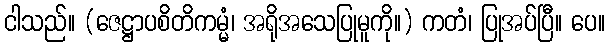
ငါသည်။ (ဇေဋ္ဌာပစိတိကမ္မံ၊ အရိုအသေပြုမူကို။) ကတံ၊ ပြုအပ်ပြီ။ ပေ။